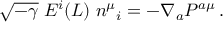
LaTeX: \sqrt { - \gamma } \; { \cal E } ^ { i } ( L ) \; n ^ { \mu } { } _ { i } = - \nabla _ { a } { \cal P } ^ { a \mu } \, .